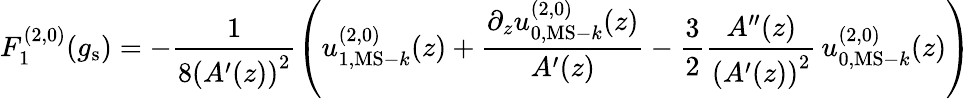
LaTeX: F_{1}^{(2,0)}(g_{\mathrm{s}})=-\frac{1}{8\left(A^{\prime}(z)\right)^{2}}\left(u_{1,{\mathrm{MS-}}k}^{(2,0)}(z)+\frac{\partial_{z}u_{0,{\mathrm{MS-}}k}^{(2,0)}(z)}{A^{\prime}(z)}-\frac{3}{2}\frac{A^{\prime\prime}(z)}{\left(A^{\prime}(z)\right)^{2}}\, u_{0,{\mathrm{MS-}}k}^{(2,0)}(z)\right)